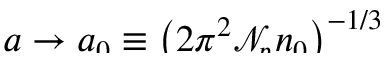
\smash { a \to a _ { 0 } \equiv \bigl ( 2 \pi ^ { 2 } \ensuremath { \mathcal { N } _ { \! p } { \! \: } } n _ { 0 } \bigr ) ^ { - 1 / 3 } }